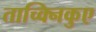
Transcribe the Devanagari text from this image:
ताच्क्निकुए